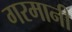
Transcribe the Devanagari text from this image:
गरमानी